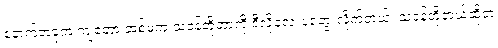
နောက်တခုက ကျတော့ အစ်မက သဝန်တိုတာကို ဒီလိုလေးပဲတွေးလိုက်တယ်၊ သဝန်တိုတယ်ဆိုတဲ့